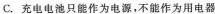
C.充电电池只能作为电源，不能作为用电器